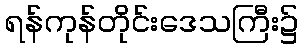
ရန်ကုန်တိုင်းဒေသကြီး၌